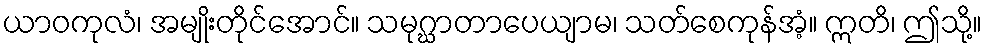
ယာဝကုလံ၊ အမျိုးတိုင်အောင်။ သမုဂ္ဃာတာပေယျာမ၊ သတ်စေကုန်အံ့။ ဣတိ၊ ဤသို့။